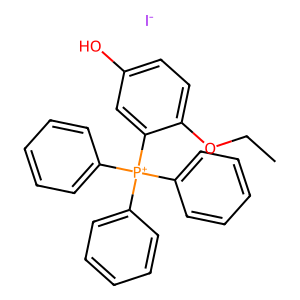
SMILES: CCOc1ccc(O)cc1[P+](c1ccccc1)(c1ccccc1)c1ccccc1.[I-]
Inhibits HIV replication: No